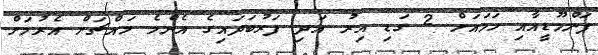
ޕަންމޫޑީއާއި ހަމައަށް 2 ގަޑި އިރު އަދި ފަރުބަދައިގެ އެންމެ މައްޗަށް އެރުމަށް